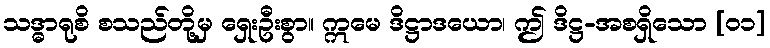
သဒ္ဓာရုစိ စသည်တို့မှ ရှေးဦးစွာ။ ဣမေ ဒိဋ္ဌာဒယော၊ ဤ ဒိဋ္ဌ-အစရှိသော [၀၁]